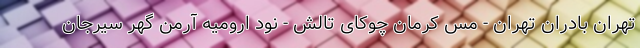
تهران بادران تهران - مس کرمان چوکای تالش - نود ارومیه آرمن گهر سیرجان